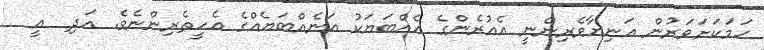
ހަމަކަށަވަރުން އަނިޔާވެރިންނީ އެއުރެންގެ އެއްބަޔަކު އަނެއްބަޔެއްގެ އެހީތެރިންނެވެ. އަދި  އީ